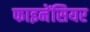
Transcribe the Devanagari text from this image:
फाइनेंसियर